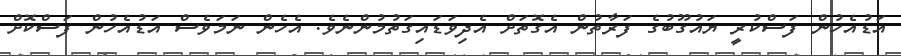
އަޑުއެހުން ފަސްކުރީ ޔައުގޫބުގެ ފަރާތުން އެގޮތަށް އެދިވަޑައިގަތުމުންނެވެ. އެހެން ނަމަވެސް އަޑުއެހުން ފަސްކޮށް